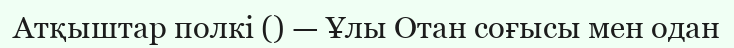
Атқыштар полкі () — Ұлы Отан соғысы мен одан